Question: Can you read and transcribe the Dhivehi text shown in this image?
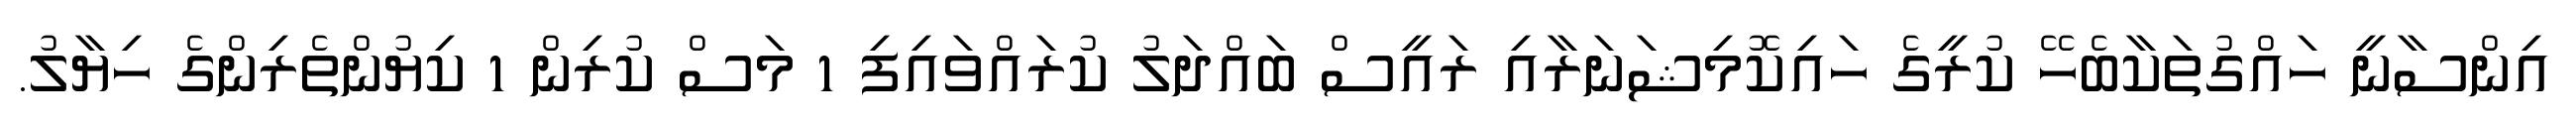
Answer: އިންސާނީ ހައްގުތަކާބެހޭ ކުރީގެ ހައިކޮމިޝަނަރާއި ރައީސް ބައްދަލު ކުރައްވައިފި 1 މަސް ކުރިން 1 ކިޔުންތެރިންގެ ހިޔާލު.